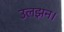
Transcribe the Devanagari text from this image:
उलझन।